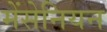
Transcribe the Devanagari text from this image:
मेंसेनियन